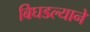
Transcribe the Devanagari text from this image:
बिघडल्याने